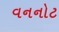
વનનોટ